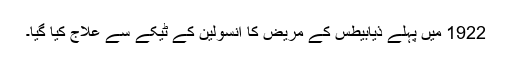
1922 میں‌ پہلے ذیابیطس کے مریض کا انسولین کے ٹیکے سے علاج کیا گیا۔